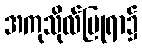
အကုသိုလ်ပြုရာ၌